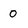
Character: 0